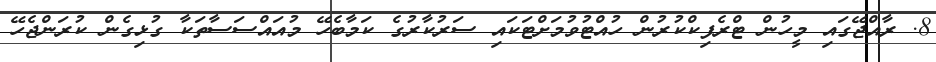
8. ރާއްޖޭގައި މީހުން ޓްރެފިކްކުރުން ހުއްޓުވުމަށްޓަކައި ސަރުކާރުގެ ކަމާބެހޭ މުއައްސަސާތަކާ ގުޅިގެން ކުރަންޖެހޭ